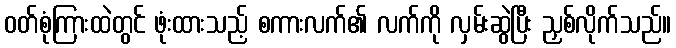
ဝတ်စုံကြားထဲတွင် ဖုံးထားသည့် စကားလက်၏ လက်ကို လှမ်းဆွဲပြီး ညှစ်လိုက်သည်။